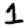
Digit: 1